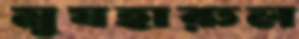
মুযহারুল